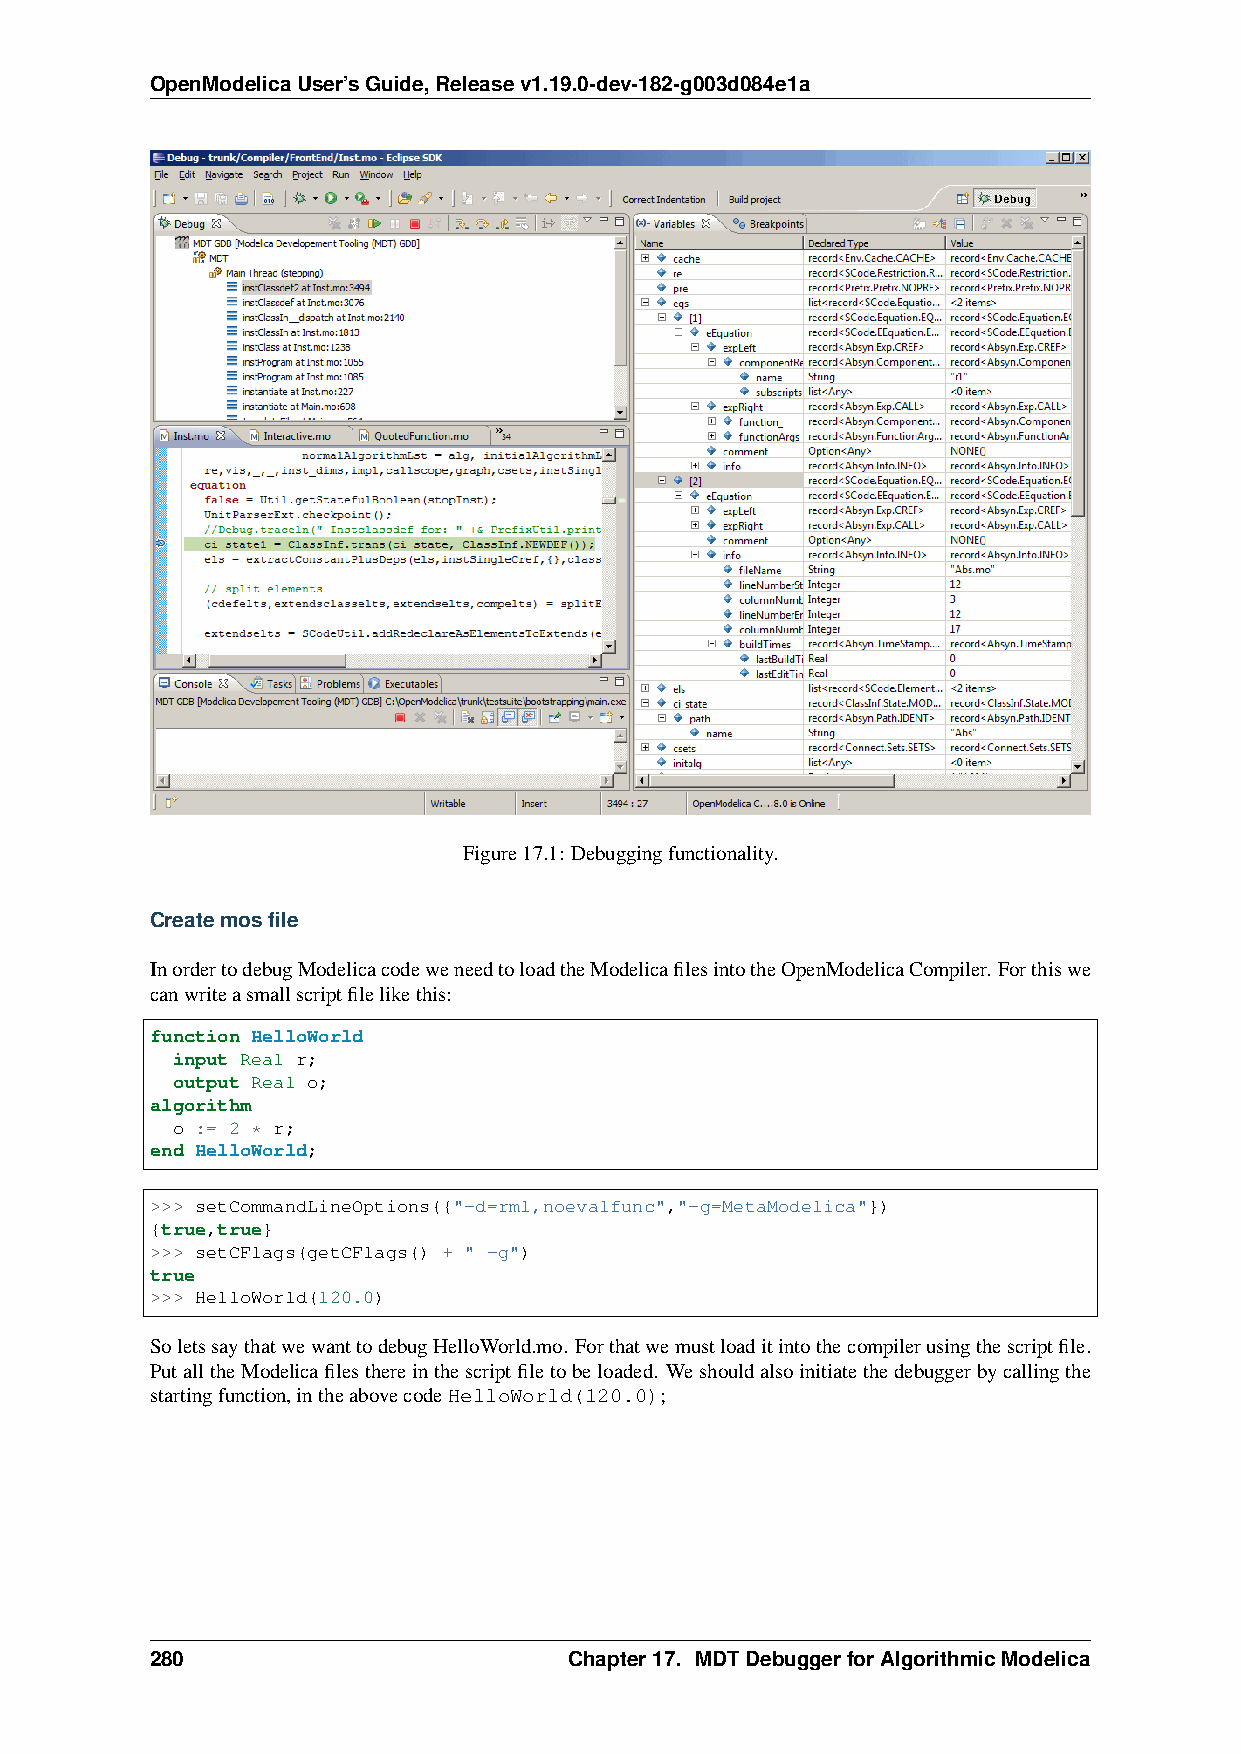
OpenModelicaUser’sGuide,Releasev1.19.0-dev-182-g003d084e1a
 Figure17.1: Debuggingfunctionality.
 Createmosfile
 InordertodebugModelicacodeweneedtoloadtheModelicafilesintotheOpenModelicaCompiler. Forthiswe
 canwriteasmallscriptfilelikethis:
 function HelloWorld
 input Real r;
 output Real o;
 algorithm
 o := 2 * r;
 end HelloWorld;
 >>> setCommandLineOptions({"-d=rml,noevalfunc","-g=MetaModelica"})
 {true,true}
 >>> setCFlags(getCFlags() + " -g")
 true
 >>> HelloWorld(120.0)
 SoletssaythatwewanttodebugHelloWorld.mo. Forthatwemustloaditintothecompilerusingthescriptfile.
 PutalltheModelicafilesthereinthescriptfiletobeloaded. Weshouldalsoinitiatethedebuggerbycallingthe
 startingfunction,intheabovecodeHelloWorld(120.0);
 280                         Chapter17. MDTDebuggerforAlgorithmicModelica